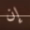
إن